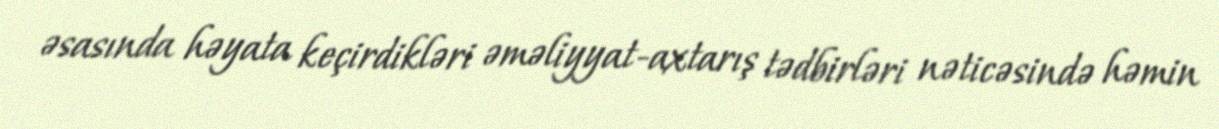
əsasında həyata keçirdikləri əməliyyat-axtarış tədbirləri nəticəsində həmin